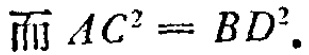
而 \(AC^{2}=BD^{2}\).